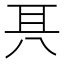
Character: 𠔐